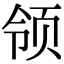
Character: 领